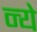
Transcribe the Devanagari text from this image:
न्‍ये